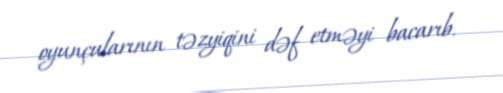
oyunçularının təzyiqini dəf etməyi bacarıb.